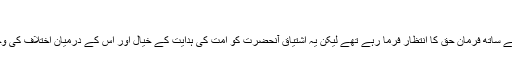
“
رسول خدا بستر علالت پر فروکش اور انتہائی اشتیاق کے ساتھ فرمان حق کا انتظار فرما رہے تھے لیکن یہ اشتیاق آنحضرت کو امت کی ہدایت کے خیال اور اس کے درمیان اختلاف کی وجہ سے فتنہ پیدا کرنے کے اندیشے سے نہ روک سکا۔